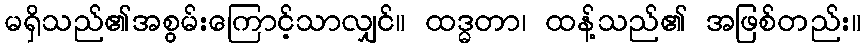
မရှိသည်၏အစွမ်းကြောင့်သာလျှင်။ ထဒ္ဓတာ၊ ထန့်သည်၏ အဖြစ်တည်း။